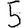
Digit: 5